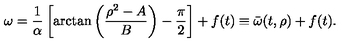
\omega = \frac { 1 } { \alpha } \left[ \arctan \left( \frac { \rho ^ { 2 } - A } { B } \right) - \frac { \pi } { 2 } \right] + f ( t ) \equiv \bar { \omega } ( t , \rho ) + f ( t ) .